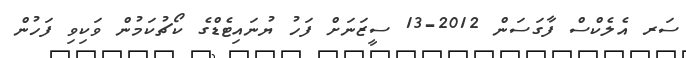
ސަރ އެލެކްސް ފާގަސަން 2012-13 ސީޒަނަށް ފަހު ޔުނައިޓެޑްގެ ކޯޗުކަމުން ވަކިވި ފަހުން